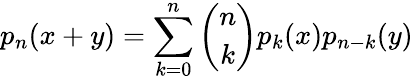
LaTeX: p_{n}(x+y)=\sum_{k=0}^{n}{\binom{n}{k}}p_{k}(x)p_{n-k}(y)